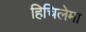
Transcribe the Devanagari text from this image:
हिचिलेमा